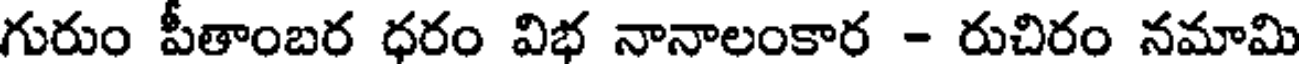
గురుం పీతాంబర ధరం విభ నానాలంకార - రుచిరం నమామి